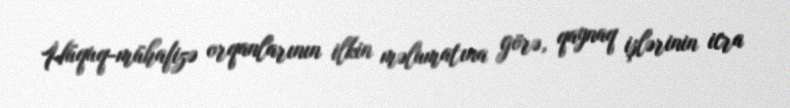
Hüquq-mühafizə orqanlarının ilkin məlumatına görə, qaynaq işlərinin icra